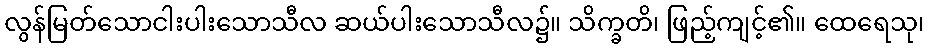
လွန်မြတ်သောငါးပါးသောသီလ ဆယ်ပါးသောသီလ၌။ သိက္ခတိ၊ ဖြည့်ကျင့်၏။ ထေရေသု၊